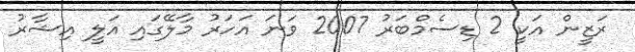
ރަޒީން އަކީ 2 ޑިސެމްބަރު 2007 ވަނަ އަހަރު މާލޭގައި އަލީ އިޝާރު